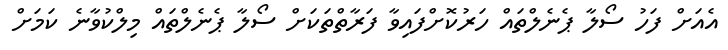
އެއަށް ފަހު ސޯލާ ޕެނެލްތައް ހަރުކޮށްފައިވާ ފަރާތްތަކަށް ސޯލާ ޕެނެލްތައް މިލްކުވާނެ ކަމަށް